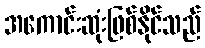
အကောင်းဆုံးဖြစ်နိုင်သည်